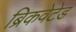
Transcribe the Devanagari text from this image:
ब्रिकवेटेड